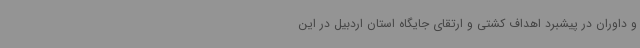
و داوران در پیشبرد اهداف کشتی و ارتقای جایگاه استان اردبیل در این